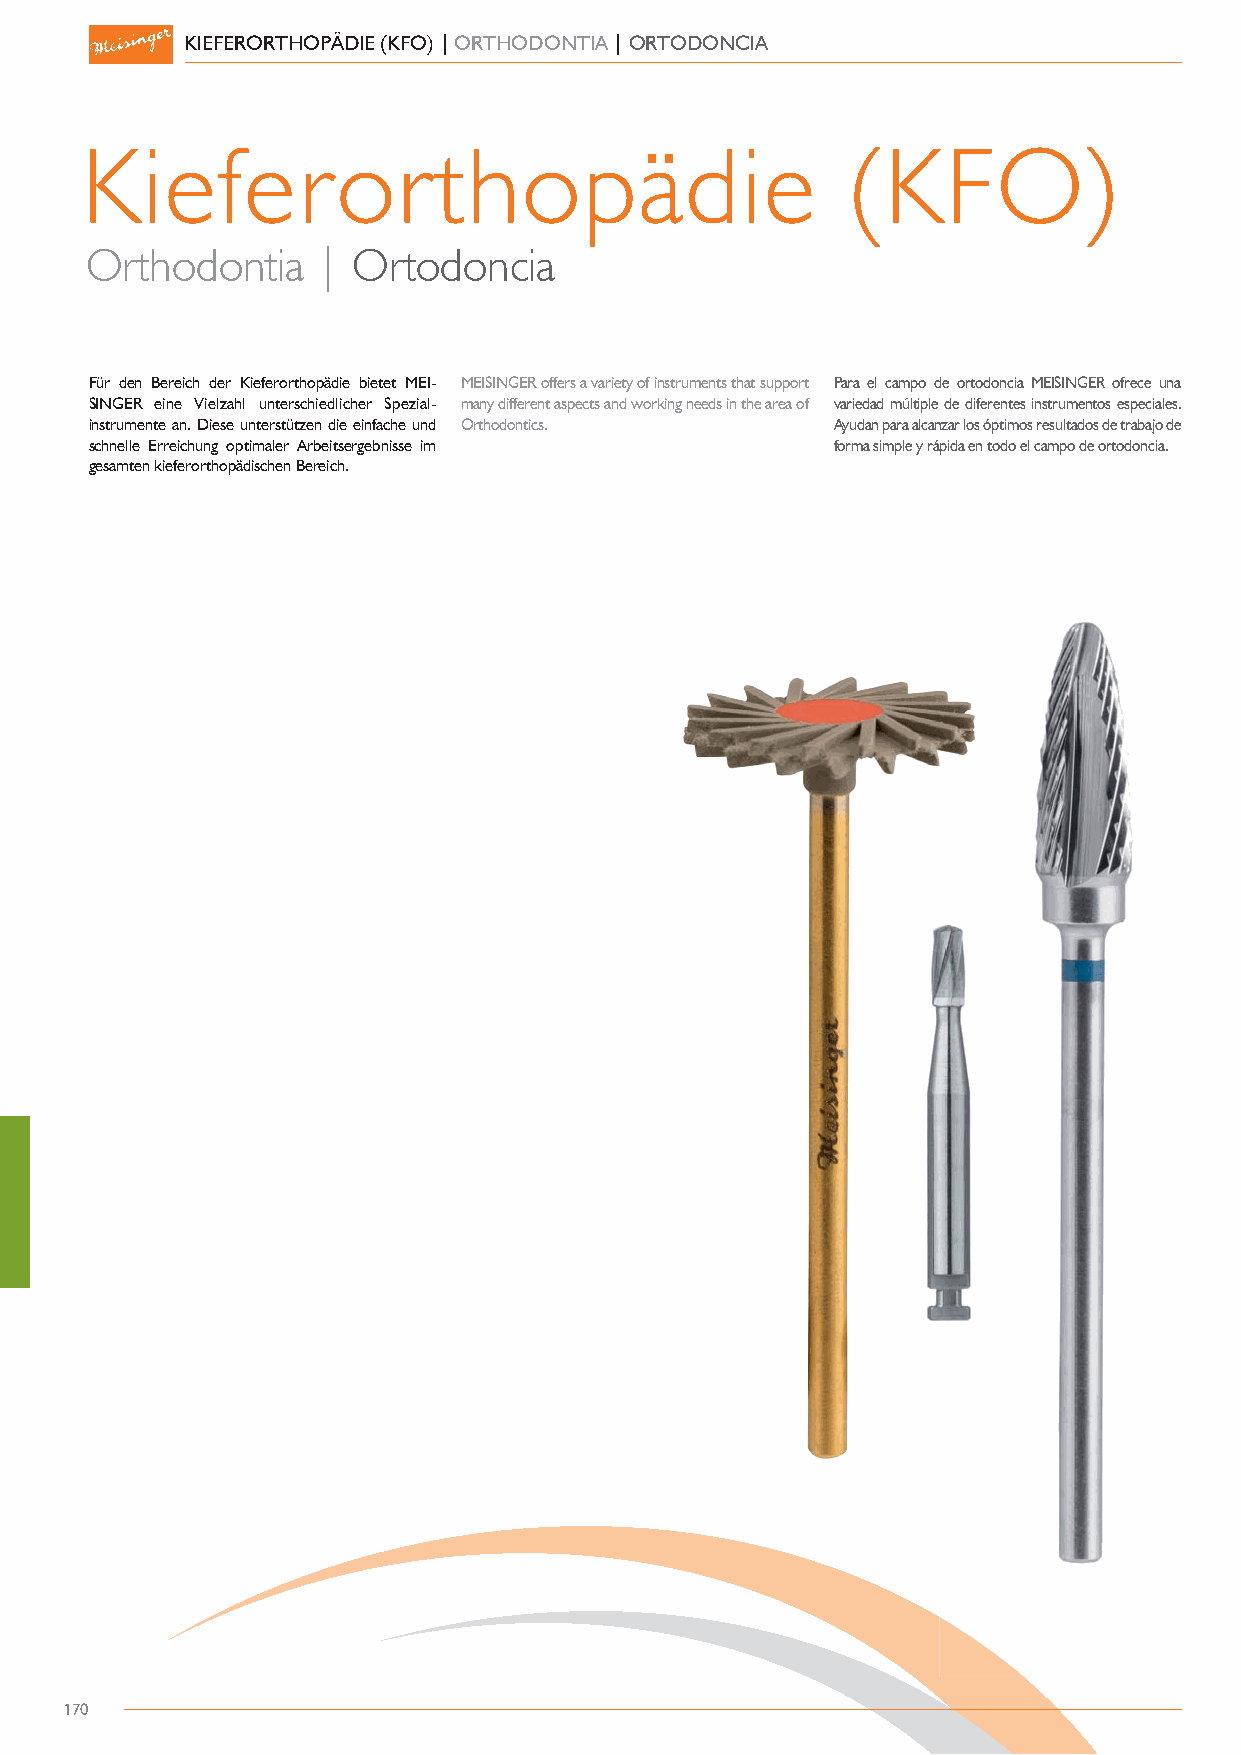
KIEFERORTHOPÄDIE (KFO) | ORTHODONTIA | ORTODONCIA
 Kieferorthopädie                                   (KFO)
 Orthodontia    | Ortodoncia
 Für den Bereich der Kieferorthopädie bietet MEI- MEISINGER offers a variety of instruments that support Para el campo de ortodoncia MEISINGER ofrece una
 SINGER eine Vielzahl unterschiedlicher Spez ial- many different aspects and working needs in the area of variedad múltiple de diferentes instrumentos especiales.
 instrumente an. Diese unterstützen die einfache und Orthodontics. Ayudan para alcanzar los óptimos resultados de trabajo de
 schnelle Erreichung optimaler Arbeitse rgebnisse im forma simple y rápida en todo el campo de ortodoncia.
 gesamten kieferorthopädischen Be r eich.
 170